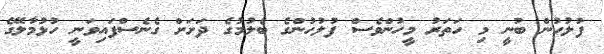
ފުލުހުން ބުނީ މި ހަތަރު މީހުންވެސް ފުލުހުންގެ ބެލުމުގެ ދަށަށް ގެނެސްފައިވަނީ ހުޅުމާލޭގެ